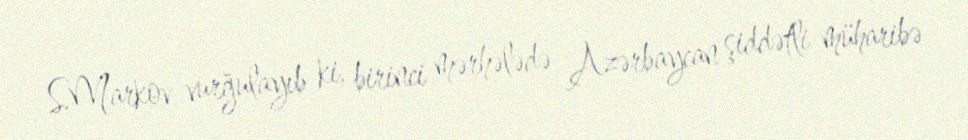
S.Markov vurğulayıb ki, birinci mərhələdə Azərbaycan şiddətli müharibə